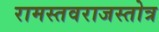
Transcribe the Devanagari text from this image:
रामस्तवराजस्तोत्र